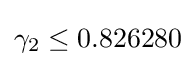
\gamma _{2}\leq 0.826280